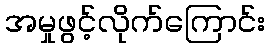
အမှုဖွင့်လိုက်ကြောင်း